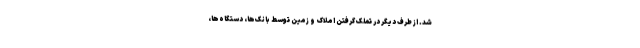
شد. از طرف دیگر در تملک گرفتن املاک و زمین توسط بانک‌ها، دستگاه‌ها،